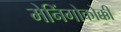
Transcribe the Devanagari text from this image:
मेनिंगोकोक्की